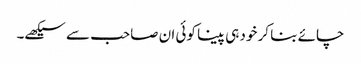
چائے بنا کر خود ہی پینا کوئی ان صاحب سے سیکھے۔